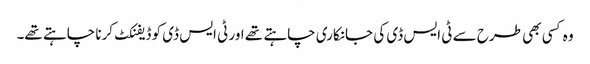
وہ کسی بھی طرح سے ٹی ایس ڈی کی جانکاری چاہتے تھے اور ٹی ایس ڈی کو ڈیفنکٹ کرنا چاہتے تھے۔